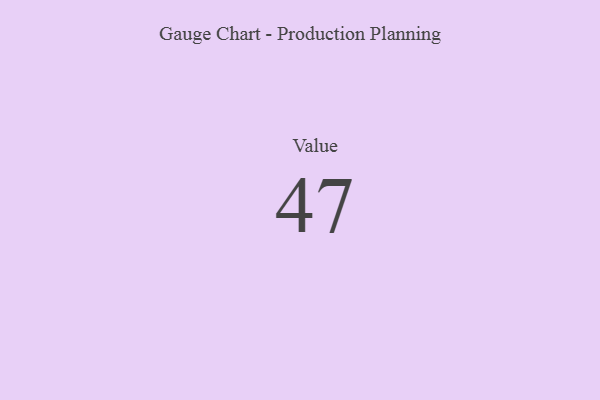
{"axis": {"x": "Metric", "y": "Value"}, "legend": [""], "data": [{"x": "Value", "y": 47, "type": ""}]}